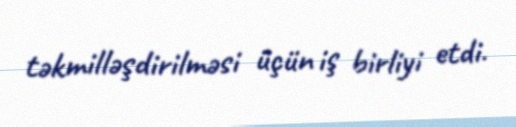
təkmilləşdirilməsi üçün iş birliyi etdi.